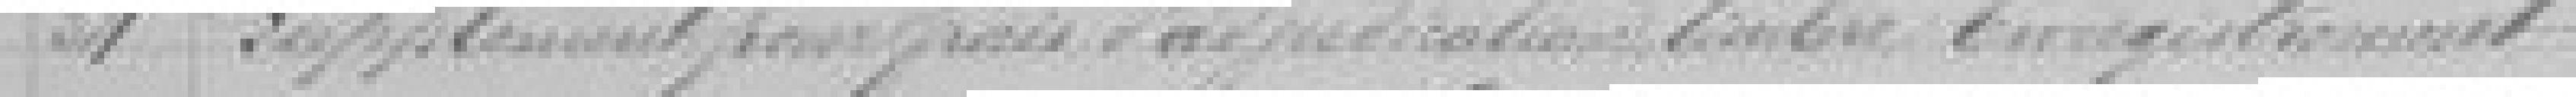
34. Supplément pour frais d'adjudication, timbre, Enregistrement